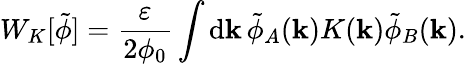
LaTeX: W_{K}[\tilde{\phi}]=\frac{\varepsilon}{2\phi_{0}}\int\mathrm{d}\mathbf{k}\, \tilde{\phi}_{A}(\mathbf{k})K(\mathbf{k})\tilde{\phi}_{B}(\mathbf{k}).